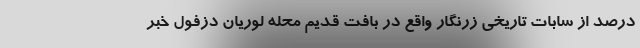
درصد از سابات تاریخی زرنگار واقع در بافت قدیم محله لوریان دزفول خبر